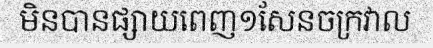
មិនបានផ្សាយពេញ១សែនចក្រវាល